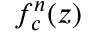
f _ { c } ^ { n } ( z )